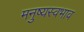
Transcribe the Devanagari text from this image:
मनुष्यस्वभाव